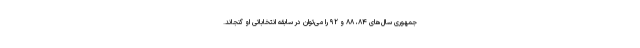
جمهوری سال‌های ۸۴، ۸۸ و ۹۲ را می‌توان در سابقه انتخاباتی او گنجاند.